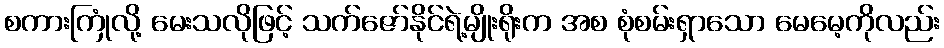
စကားကြုံလို့ မေးသလိုဖြင့် သက်ဇော်နိုင်ရဲ့မျိုးရိုးက အစ စုံစမ်းရှာသော မေမေ့ကိုလည်း